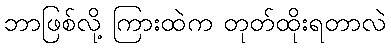
ဘာဖြစ်လို့ ကြားထဲက တုတ်ထိုးရတာလဲ